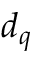
d _ { q }